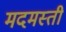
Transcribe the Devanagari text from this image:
मदमस्ती